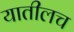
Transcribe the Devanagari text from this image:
यातीलच